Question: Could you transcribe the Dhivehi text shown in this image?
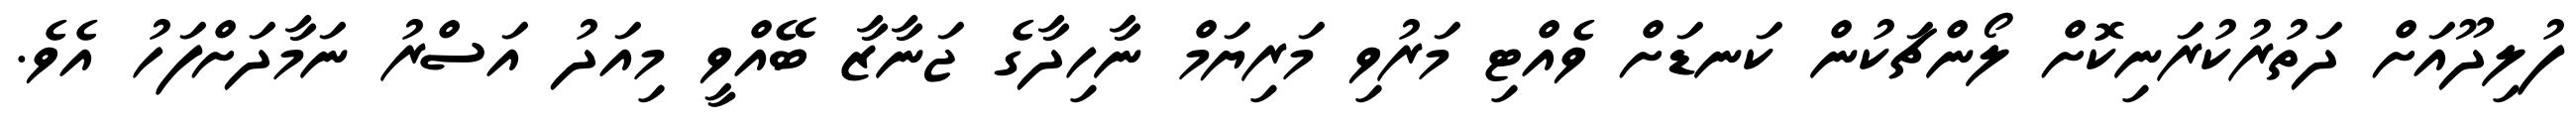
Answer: ފުލިދޫއަށް ދަތުރުކުރަނިކޮށް ލޯންޗަކުން ކަނޑަށް ވެއްޓި މަރުވި މަރިޔަމް ނާހިދާގެ ޖަނާޒާ ބޭއްވީ މިއަދު އަސްރު ނަމާދަށްފަހު އެވެ.